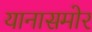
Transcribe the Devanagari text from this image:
यानासमोर